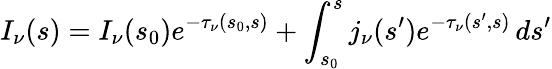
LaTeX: I_{\nu}(s)=I_{\nu}(s_{0})e^{-\tau_{\nu}(s_{0},s)}+\int_{s_{0}}^{s}j_{\nu}(s^{\prime})e^{-\tau_{\nu}(s^{\prime},s)}\, ds^{\prime}